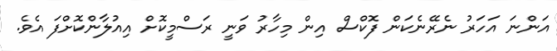
އަންނަ އަހަރު ނެރޭނެކަން ފޮކްސް އިން މިހާރު ވަނީ ރަސްމީކޮށް އިއުލާންކޮށްފަ އެވެ.